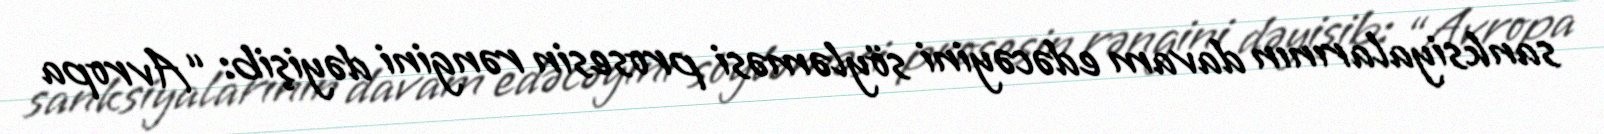
sanksiyalarının davam edəcəyini söyləməsi prosesin rəngini dəyişib: “Avropa